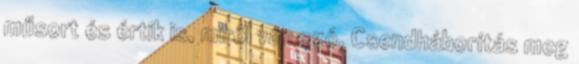
műsort és értik is, miről van szó. Csendháborítás meg